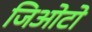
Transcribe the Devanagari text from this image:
जिओटो